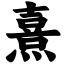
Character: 熹